Annual administration report of the Civil Veterinary Department of India - 1899-1900
Year: 1899
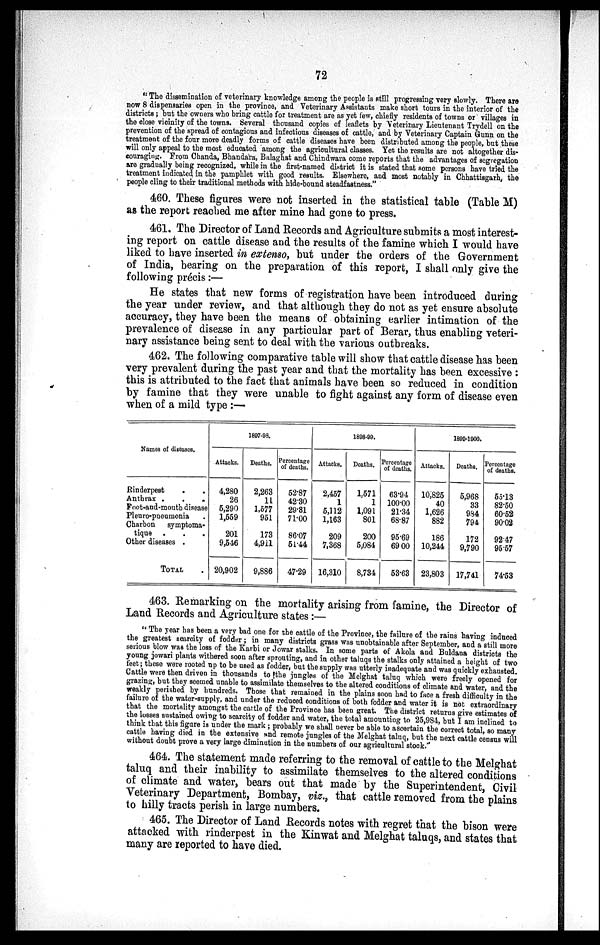
72
"The dissemination of veterinary knowledge among the people is still progressing very slowly. There are
now 8 dispensaries open in the province, and Veterinary Assistants make short tours in the interior of the
districts; but the owners who bring cattle for treatment are as yet few, chiefly residents of towns or villages in
the close vicinity of the towns. Several thousand copies of leaflets by Veterinary Lieutenant Trydell on the
prevention of the spread of contagious and infectious diseases of cattle, and by Veterinary Captain Gunn on the
treatment of the four more deadly forms of cattle diseases have been distributed among the people, but these
will only appeal to the most educated among the agricultural classes. Yet the results are not altogether dis-
couraging. From Chanda, Bhandara, Balaghat and Chindwara come reports that the advantages of segregation
are gradually being recognized, while in the first-named district it is stated that some persons have tried the
treatment indicated in the pamphlet with good results. Elsewhere, and most notably in Chhattisgarh, the
people cling to their traditional methods with hide-bound steadfastness."
460. These figures were not inserted in the statistical table (Table M)
as the report reached me after mine had gone to press.
461. The Director of Land Records and Agriculture submits a most interest-
ing report on cattle disease and the results of the famine which I would have
liked to have inserted in extenso, but under the orders of the Government
of India, bearing on the preparation of this report, I shall only give the
following précis:—
He states that new forms of registration have been introduced during
the year under review, and that although they do not as yet ensure absolute
accuracy, they have been the means of obtaining earlier intimation of the
prevalence of disease in any particular part of Berar, thus enabling veteri-
nary assistance being sent to deal with the various outbreaks.
462. The following comparative table will show that cattle disease has been
very prevalent during the past year and that the mortality has been excessive:
this is attributed to the fact that animals have been so reduced in condition
by famine that they were unable to fight against any form of disease even
when of a mild type :—
Names of diseases.
Rinderpeat . .
Anthrax . . .
Foot-and-mouth disease
Pleuro-pneumonia .
Charbon
symptoma.
tique . . .
Other diseases .
TOTAL .
1897-93.
Attacks.
4,280
26
5,290
1,559
201
9,546
20,902
Deaths.
2,263
11
1,577
951
173
4,911
9,886
Percentage
of deaths.
52.87
42.30
29.81
71.00
86.07
51.44
47.29
1898-99.
Attacks.
2,457
1
5,112
1,163
209
7,368
16,310
Deaths.
1,571
1
1,091
801
200
5,084
8,734
Percentage
of deaths.
63.94
100.00
21.34
68.87
95.69
69.00
53.63
1899-1900.
Attacks.
10,825
40
1,626
882
186
10,244
23,803
Deaths.
5,968
33
984
794
172
9,790
17,741
Percentage
of deaths.
55.13
82.50
60.52
90.02
92.47
95.57
74.53
463. Remarking on the mortality arising from famine, the Director of
Land Records and Agriculture states :—
"The year has been a very bad one for the cattle of the Province, the failure of the rains having induced
the greatest scarcity of fodder; in many districts grass was unobtainable after September, and a still more
serious blow was the loss of the Karbi or Jowar stalks. In some parts of Akola and Buldana districts the
young jowari plants withered soon after sprouting, and in other taluqs the stalks only attained a height of two
feet; these were rooted up to be used as fodder, but the supply was utterly inadequate and was quickly exhausted.
Cattle were then driven in thousands to the jungles of the Melghat taluq which were freely opened for
grazing, but they seemed unable to assimilate themselves to the altered conditions of climate and water, and the
weakly perished by hundreds. Those that remained in the plains soon had to face a fresh difficulty in the
failure of the water-supply, and under the reduced conditions of both fodder and water it is not extraordinary
that the mortality amongst the cattle of the Province has been great. The district returns give estimates of
the losses sustained owing to scarcity of fodder and water, the total amounting to 25,984, but I am inclined to
think that this figure is under the mark; probably we shall never be able to ascertain the correct total, so many
cattle having died in the extensive and remote jungles of the Melghat taluq, but the next cattle census will
without doubt prove a very large diminution in the numbers of our agricultural stock."
464. The statement made referring to the removal of cattle to the Melghat
taluq and their inability to assimilate themselves to the altered conditions
of climate and water, bears out that made by the Superintendent, Civil
Veterinary Department, Bombay, viz., that cattle removed from the plains
to hilly tracts perish in large numbers.
465. The Director of Land Records notes with regret that the bison were
attacked with rinderpest in the Kinwat and Melghat taluqs, and states that
many are reported to have died.